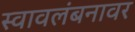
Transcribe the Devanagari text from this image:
स्वावलंबनावर